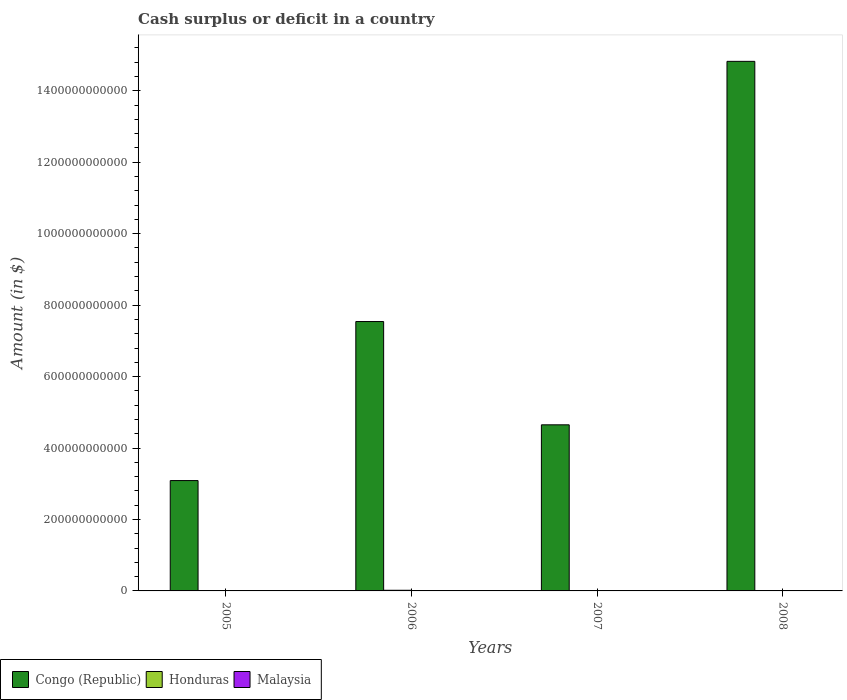
| Years | Congo (Republic) | Honduras | Malaysia |
 | --- | --- | --- | --- |
 | 2005 | 3.09e+11 | -1.4e+09 | -2.04e+10 |
 | 2006 | 7.54e+11 | 1.8e+09 | -1.77e+10 |
 | 2007 | 4.65e+11 | -2.48e+09 | -2.11e+10 |
 | 2008 | 1.48e+12 | -5.59e+08 | -3.39e+10 |